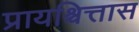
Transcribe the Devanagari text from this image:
प्रायश्चित्तास